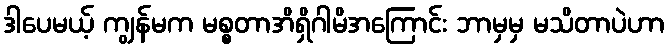
ဒါပေမယ့် ကျွန်မက မစ္စတာအိရှိဂါမိအကြောင်း ဘာမှမှ မသိတာပဲဟာ